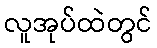
လူအုပ်ထဲတွင်